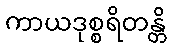
ကာယဒုစ္စရိတန္တိ